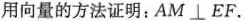
用向量的方法证明：AM \bot EF.